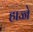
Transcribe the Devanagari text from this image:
हाज्जे